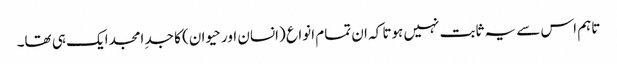
تاہم اس سے یہ ثابت نہیں ہوتا کہ ان تمام انواع (انسان اور حیوان) کا جدِ امجد ایک ہی تھا۔